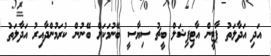
އަދި އަދާލަތު ޕާޓީން އާޓިފިޝަލް ބީޗު ސިޔާސީ ބޭނުމަކަށް ބޭނުން ކުރަމުންދާއިރު އަދާލަތު